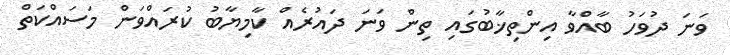
ވަނަ ދުވަހު ބާއްވާ އިންތިޚާބުގައި ތިން ވަނަ ދައުރެއް ކާމިޔާބު ކުރައްވަން މަސައްކަތް